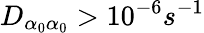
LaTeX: D_{\alpha_{0}\alpha_{0}}>10^{-6}s^{-1}